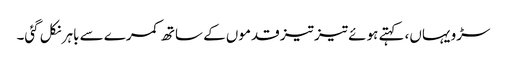
سڑو یہاں، کہتے ہوئے تیز تیز قدموں کے ساتھ کمرے سے باہر نکل گئی۔